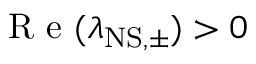
\mathrm { ~ R ~ e ~ } ( \lambda _ { \mathrm { N S , \pm } } ) > 0